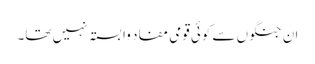
ان جنگوں سے کوئی قومی مفاد وابستہ نہیں تھا۔